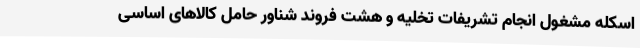
اسکله مشغول انجام تشریفات تخلیه و هشت فروند شناور حامل کالاهای اساسی